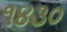
૧૪૩૦